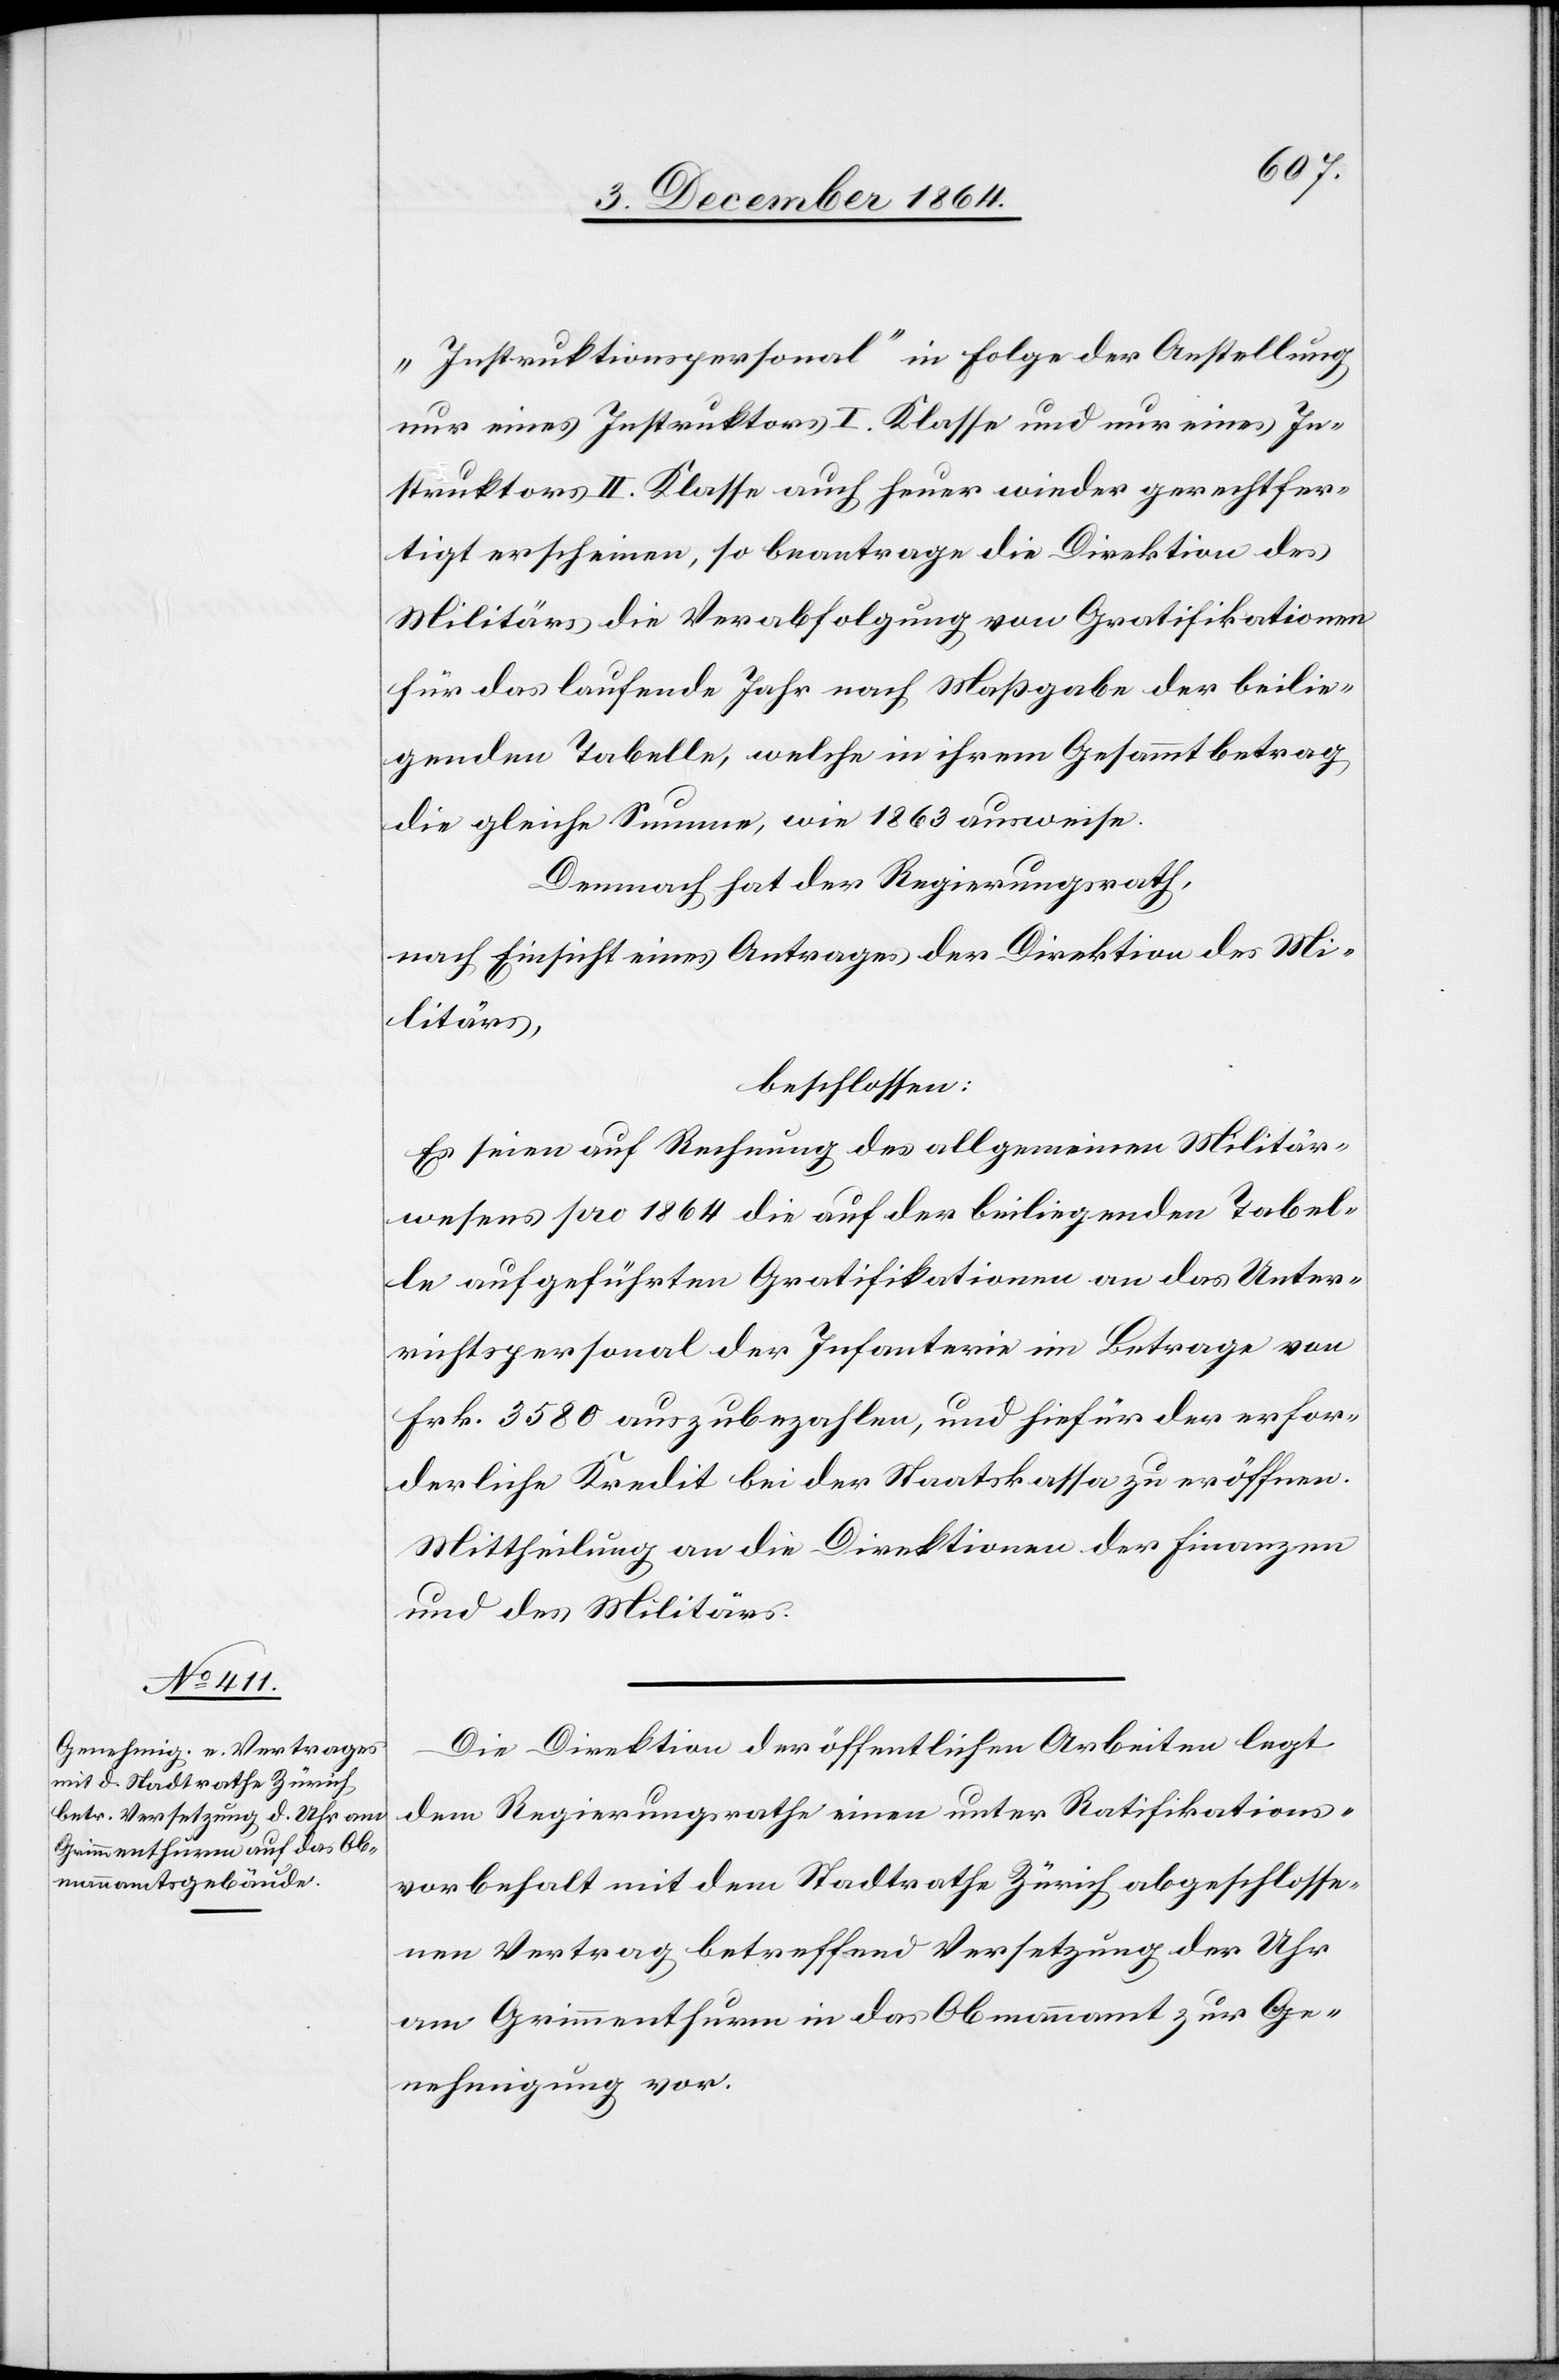
„Instruktionspersonal“ in Folge der Anstellung
nur eines Instruktors I. Klasse und nur eines In¬
struktors II. Klasse auch heuer wieder gerechtfer¬
tigt erscheinen, so beantrage die Direktion des
Militärs die Verabfolgung von Gratifikationen
für das laufende Jahr nach Maßgabe der beilie¬
genden Tabelle, welche in ihrem Gesammtbetrag
die gleiche Summe, wie 1863 ausweise.
Demnach hat der Regierungsrath,
nach Einsicht eines Antrages der Direktion des Mi¬
litärs,
beschlossen:
Es seien auf Rechnung des allgemeinen Militär¬
wesens pro 1864 die auf der beiliegenden Tabel¬
le aufgeführten Gratifikationen an das Unter¬
richtspersonal der Infanterie im Betrage von
Frk. 3 580 auszubezahlen, und hiefür der erfor¬
derliche Kredit bei der Staatskasse zu eröffnen.
Mittheilung an die Direktionen der Finanzen
und des Militärs.
Die Direktion der öffentlichen Arbeiten legt
dem Regierungsrathe einen unter Ratifikations¬
vorbehalt mit dem Stadtrathe Zürich abgeschlosse¬
nen Vertrag betreffend Versetzung der Uhr
am Grimmenthurm in das Obmannamt zur Ge¬
nehmigung vor.